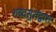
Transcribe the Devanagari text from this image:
शब्दसुरांद्वारा